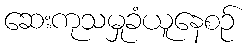
ဆေးကုသမှုခံယူနေစဉ်